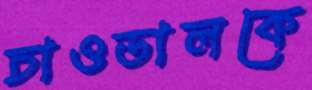
চাওডালকে